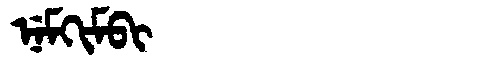
Manchu: ᠨᡝᠮᡴᡳᠮᠪᡳ
Romanization: NEMKIMBI